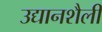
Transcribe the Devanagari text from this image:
उद्यानशैली